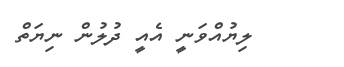
ލިޔުއްވަނީ އެއީ ދުލުން ނިޔަތް